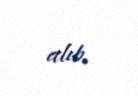
alıb.